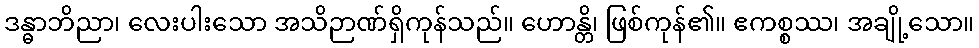
ဒန္ဓာဘိညာ၊ လေးပါးသော အသိဉာဏ်ရှိကုန်သည်။ ဟောန္တိ၊ ဖြစ်ကုန်၏။ ဧကစ္စဿ၊ အချို့သော။